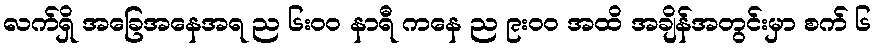
လက်ရှိ အခြေအနေအရ ည ၆း၀၀ နာရီ ကနေ ည ၉း၀၀ အထိ အချိန်အတွင်းမှာ စက် ၆